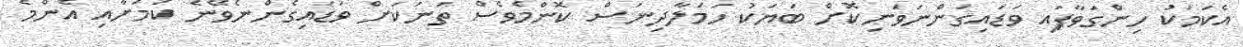
އެކަމަކު ހިންގަވާފައި ވަޑައިގަންނަވަނިކޮށް ބަޔަކު ހަމަލާދިނަސް ކޮންމެވެސް ތަނަކަށް ވަޑައިގެންނެވޭނެ ކަމަށާއި އެންމެ